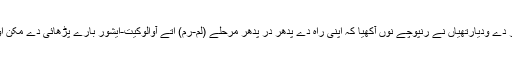
اک وار میلان، اٹلی دے گیپل لنگ مرکز دے ودیارتھیاں نے رنپوچے نوں آکھیا کہ اپنی راہ دے پدھر در پدھر مرحلے (لم-رم) اتے آوالوکیت-ایشور بارے پڑھائی دے مُکن اوپر اوہ سمادھ دے اک اکٹھ دے آگو بنن۔